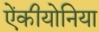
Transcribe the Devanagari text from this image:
ऐंकीयोनिया